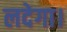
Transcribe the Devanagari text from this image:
लदेगा।